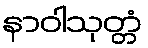
နာဝါသုတ္တံ